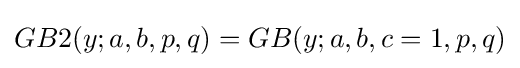
GB2(y;a,b,p,q)=GB(y;a,b,c=1,p,q)